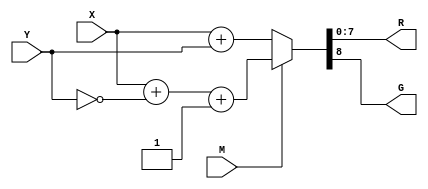
// 8bit FAdder
module F_Adder(X,Y,M,R,G);
input [7:0] X,Y;
input M;
output [7:0] R;
output G;
assign {G, R} = M ? X + ~Y + {7'b0,1'b1} : X + Y;
endmodule

//FAdder tester
module test_FAdder();
reg [7:0] Out1,Out2;
reg M;
wire [7:0] S;
wire C;
F_Adder FA(Out1,Out2,M,S,C);
	initial
	begin
	Out1=8'b00000100; Out2=8'b00000001; 
	M=0;
	#200
	Out1=8'b00000001; Out2=8'b00000010;
	M=1;
      end
endmodule